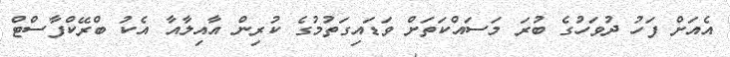
އެއަށް ފަހު ދުވަހުގެ ބުރަ މަސައްކަތަށް ވަޑައިގަތުމުގެ ކުރިން އާއިލާއާ އެކު ބްރޭކްފާސްޓް